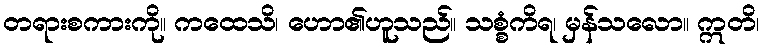
တရားစကားကို။ ကထေသိ၊ ဟော၏ဟူသည်။ သစ္စံကိရ၊ မှန်သလော။ ဣတိ၊